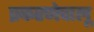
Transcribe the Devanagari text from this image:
प्रकरणेचालू